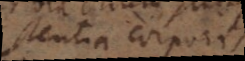
subsistentia corporis.